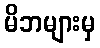
မိဘများမှ